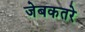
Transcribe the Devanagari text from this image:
जेबकतरे